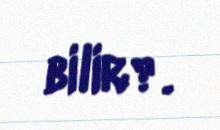
bilir?.